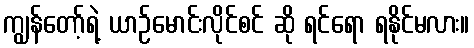
ကျွန်တော့်ရဲ့ ယာဉ်မောင်းလိုင်စင် ဆို ရင်ရော ရနိုင်မလား။